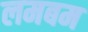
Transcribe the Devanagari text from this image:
लमबम